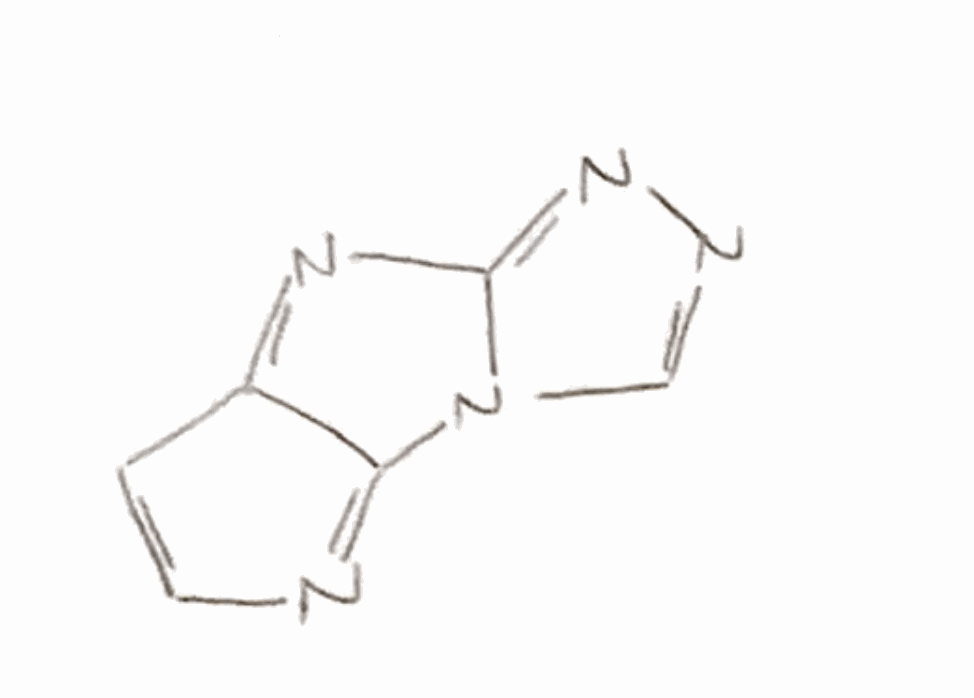
Simplified molecular-input line-entry system (SMILES) notation of the given molecule:
C1=CN=C2C1=NC3=NN=CN23